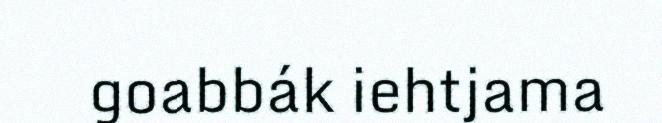
goabbák iehtjama